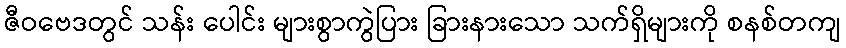
ဇီဝဗေဒတွင် သန်း ပေါင်း များစွာကွဲပြား ခြားနားသော သက်ရှိများကို စနစ်တကျ